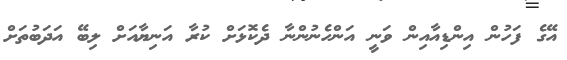
އޭގެ ފަހުން އިންޑިއާއިން ވަނީ އަންހެނުންނާ ދެކޮޅަށް ކުރާ އަނިޔާއަށް ލިބޭ އަދަބުތަށް